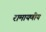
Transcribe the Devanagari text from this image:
रामायणीय